Black-water fever - Number 35
Disease focus: Fever
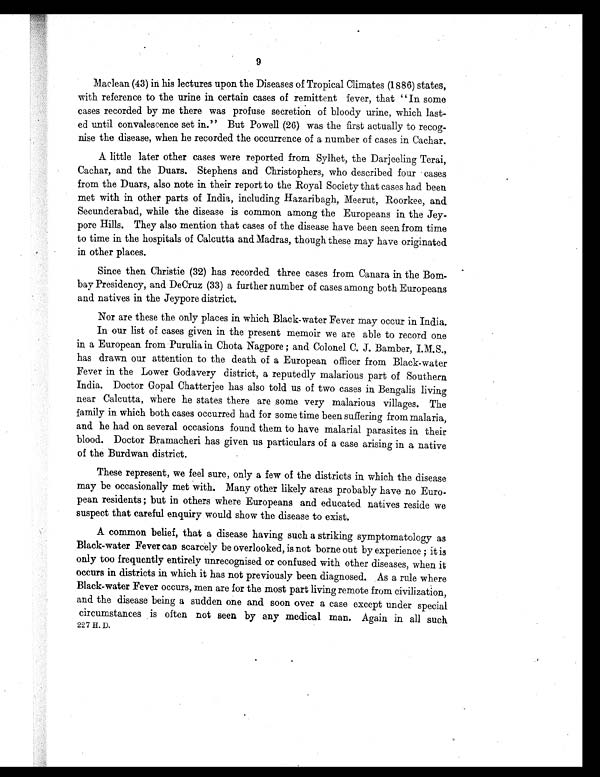
9
Maclean (43) in his lectures upon the Diseases of Tropical Climates (1886) states,
with reference to the urine in certain cases of remittent fever, that " In some
cases recorded by me there was profuse secretion of bloody urine, which last-
ed until convalescence set in." But Powell (26) was the first actually to recog-
nise the disease, when he recorded the occurrence of a number of cases in Cachar.
A little later other cases were reported from Sylhet, the Darjeeling Terai,
Cachar, and the Duars. Stephens and Christophers, who described four cases
from the Duars, also note in their report to the Royal Society that cases had been
met with in other parts of India, including Hazaribagh, Meerut, Roorkee, and
Secunderabad, while the disease is common among the Europeans in the Jey-
pore Hills. They also mention that cases of the disease have been seen from time
to time in the hospitals of Calcutta and Madras, though these may have originated
in other places.
Since then Christie (32) has recorded three cases from Canara in the Born-
bay Presidency, and DeCruz (33) a further number of cases among both Europeans
and natives in the Jeypore district.
Nor are these the only places in which Black-water Fever may occur in India.
In our list of cases given in the present memoir we are able to record one
in a European from Purulia in Chota Nagpore ; and Colonel C. J. Bamber, I.M.S.,
has drawn our attention to the death of a European officer from Black-water
Fever in the Lower Godavery district, a reputedly malarious part of Southern
India. Doctor Gopal Chatterjee has also told us of two cases in Bengalis living
near Calcutta, where he states there are some very malarious villages. The
family in which both cases occurred had for some time been suffering from malaria,
and he had on several occasions found them to have malarial parasites in their
blood. Doctor Bramacheri has given us particulars of a case arising in a native
of the Burdwan district.
These represent, we feel sure, only a few of the districts in which the disease
may be occasionally met with. Many other likely areas probably have no Euro-
pean residents ; but in others where Europeans and educated natives reside we
suspect that careful enquiry would show the disease to exist.
A common belief, that a disease having such a striking symptomatology as
Black-water Fever can scarcely be overlooked, is not borne out by experience ; it is
only too frequently entirely unrecognised or confused with other diseases, when it
occurs in districts in which it has not previously been diagnosed. As a rule where
Black-water Fever occurs, men are for the most part living remote from civilization,
and the disease being a sudden one and soon over a case except under special
circumstances is often not seen by any medical man. Again in all such
227 H. D.